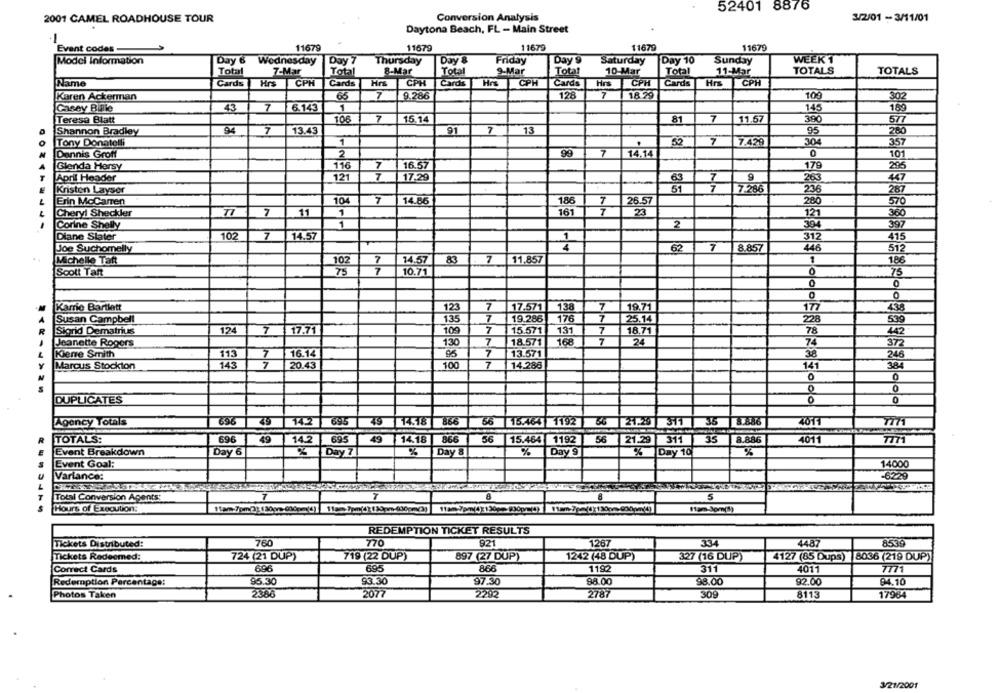
52401 8876
2001 CAMEL ROADHOUSE TOUR
Conversion Analysis
3/2/01 - 3/11/01
Daytona Beach, FL - Main Street
1
Event codes-
11679
11679
11679
11679
11679
Model Information
Day &
Wednesday
Day 7
Thursday
Day &
Friday
Day 9
Saturday
Day 10
Sunday
WEEK 1
TOTALS
Total
7-Mar
Total
8-Mar
Total
9-Mar
Total
10-Mar
Total
11-Mar
TOTALS
Name
Cards
Hrs
CPH
Cards
Hrs
CPH
Cards Hrs
CPH
Cards
Hrs
CPH
Cards
Hrs
CPH
Karen Ackerman
65
7
9.286
128
7
18.29
10g
30
Casey Billie
43
7
6.143
1
143
160
7
81
7
Teresa Blatt
106
15,14
11.67
390
Shannon Bradley
94
7
13.43
91
7
13
95
280
7
Tony Donatelli
1
52
7.429
304
357
2
99
7
Dannis Groff
14.14
101
Glenda Hersy
116
7
16.57
175
295
April Header
121
17.29
263
347
Kristen Layser
7-286
236
287
Erin McCaren
104
7
14.86
186
26.57
280
7
570
Cheryl Sheckler
7
.11
1
161
7
23
121
...------
Corine Shelly
1
2
394
397
Diane Slater
102
7
14.57
1
312
415
Joe Suchomelly
4
62
7
8.857
446
512
Michelle Tatt
14.57
83
7
11,857
1
186
102
Scott Tant
10.71
75
0
7
7
Karrie Bartlett
123
17.571
138
19.71
177
438
135
7
19.286
176
7
25.14
539
Susan Campbell
28
Sigrid Dematrius
124
17.71
109
7
15.571
131
7
18.71
78
442
Jeanette Rogers
130
7
18.571
168
24
74
372
Kierre Smith
7
16.14
7
13.571
38
246
113
Marcus Stockton
145
7
20.43
100
7
14.288
141
38
0
0
0
DUPLICATES
0
0
Agency Totals
896
14.2
695
49 14518 866
56 15.464 1192
56 21.29 311 35 8.886
2011
TOTALS:
596
49
14.2
695
49
14.18
866
56
15.464 1192
56
21.29 311
35
8.886
4011
HE
%
%
%
Day 9
Event Breakdown
Day 6
Day7
Day 8
% Day 19
Event Goal:
14000
Variance:
-6229
Total Conversion Agents:
7
5
Hours of Execution:
11pm-Jom(!)
REDEMPTION TICKET RESULTS
Tickets Distributed:
760
770
921
1267
334
4487
8539
719 (22 DUP)
897 (27 DUP)
Tickets Redeemed:
724 (21 DUP)
1242 (48 DUP)
327 (16 DUP)
4127 (85 Dups)
8036 (219 DUP)
696
695
866
1192
311
4011
7771
Correct Cards
Redemption Percentage:
95.30
93.30
97.30
98.00
98.00
92.00
94.10
Photos Taken
2386
2077
2292
2787
309
8113
17964
3/21/2001